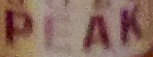
PEAK